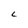
Character: 6